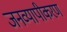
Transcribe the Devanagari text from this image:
जनव्यापीकरण